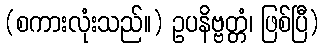
(စကားလုံးသည်။) ဥပနိဗ္ဗတ္တံ၊ ဖြစ်ပြီ)